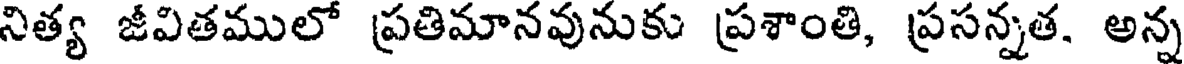
నిత్య జీవితములో ప్రతిమానవునుకు ప్రశాంతి, ప్రసన్నత. అన్న